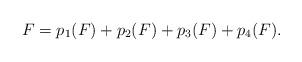
LaTeX: \begin{align*}F=p_1(F)+p_2(F)+p_3(F)+p_4(F).\end{align*}